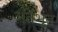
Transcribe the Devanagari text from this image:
अंर्तभूत